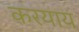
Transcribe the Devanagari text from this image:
करयाय